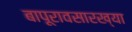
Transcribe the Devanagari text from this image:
बापूरावसारख्या